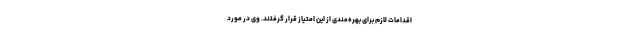
اقدامات لازم برای بهره‌مندی از این امتیاز قرار گرفتند. وی در مورد